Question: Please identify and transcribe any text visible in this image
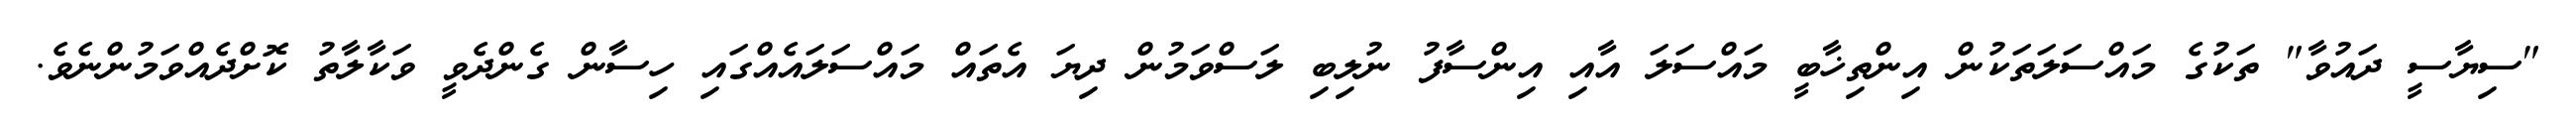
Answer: "ސިޔާސީ ދައުވާ" ތަކުގެ މައްސަލަތަކުން އިންތިޚާބީ މައްސަލަ އާއި އިންސާފު ނުލިބި ލަސްވަމުން ދިޔަ އެތައް މައްސަލައެއްގައި ހިސާން ގެންދެވީ ވަކާލާތު ކޮށްދެއްވަމުންނެވެ.